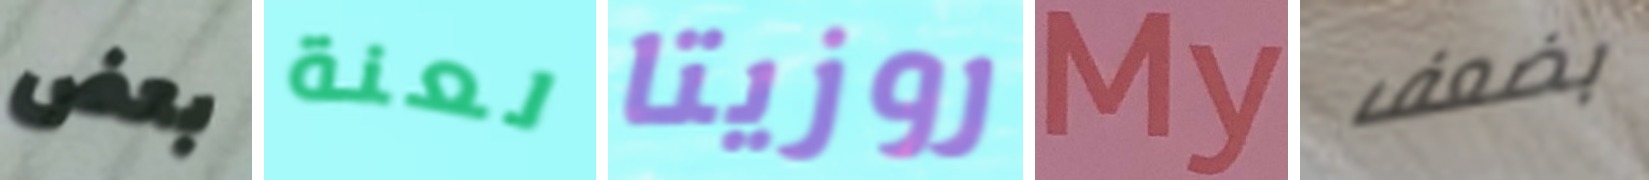
بعض لعنة روزيتا My بضعف